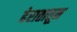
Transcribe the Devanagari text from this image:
हेरातातून